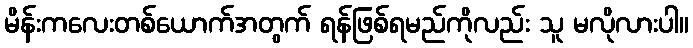
မိန်းကလေးတစ်ယောက်အတွက် ရန်ဖြစ်ရမည်ကိုလည်း သူ မလိုလားပါ။